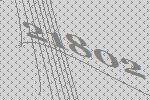
21802